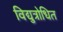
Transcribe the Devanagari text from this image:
विद्युत्रोधित